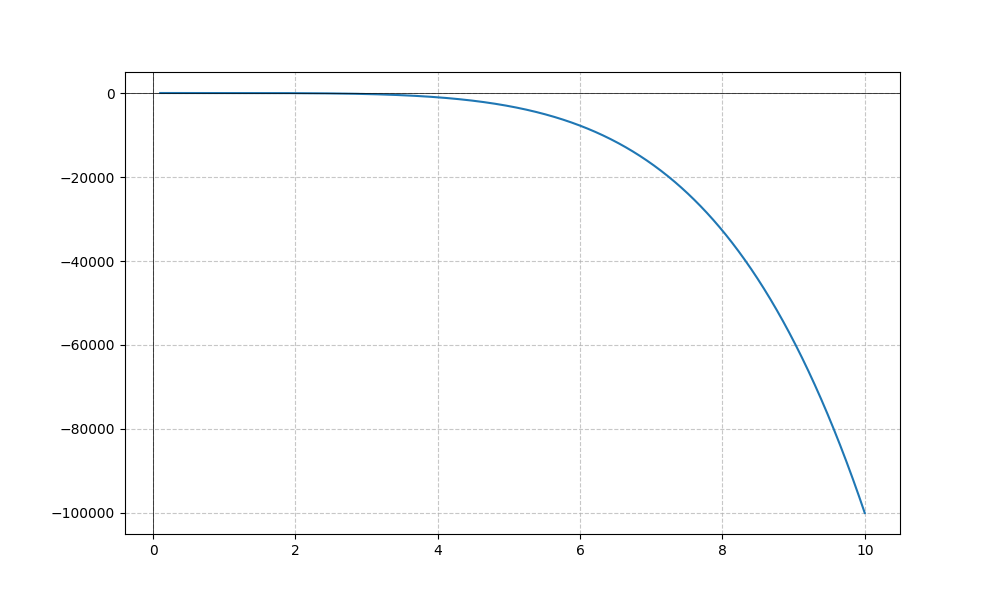
LaTeX formula: - x^{5} + \cos{\left(x \right)}